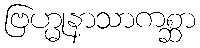
ဗြဟ္မုနာသာကစ္ဆာ